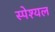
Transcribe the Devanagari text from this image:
स्पेश्यल